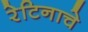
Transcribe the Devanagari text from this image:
रेटिनाचे